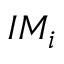
I M _ { i }